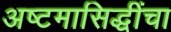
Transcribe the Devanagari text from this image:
अष्टमासिद्धींचा